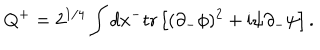
Q ^ { + } = 2 ^ { 1 / 4 } \int d x ^ { - } \mathrm { t r } \left[ ( \partial _ { - } \phi ) ^ { 2 } + \mathrm { i } \psi \partial _ { - } \psi \right] .